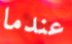
عندما